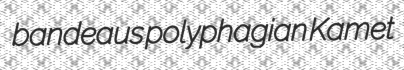
bandeaus polyphagian Kamet